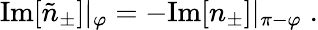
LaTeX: \begin{array}{r}{\mathrm{Im}[\tilde{n}_{\pm}]|_{\varphi}=-\mathrm{Im}[n_{\pm}]|_{\pi-\varphi}\; .}\end{array}